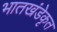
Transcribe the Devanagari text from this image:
भातखंडेकृत